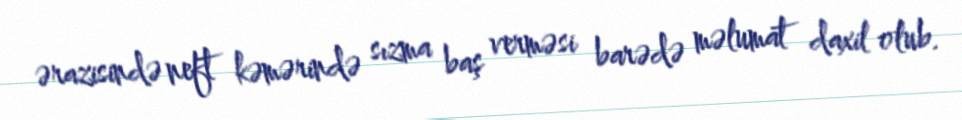
ərazisində neft kəmərində sızma baş verməsi barədə məlumat daxil olub.